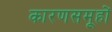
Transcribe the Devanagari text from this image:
कारणसमूहों